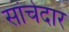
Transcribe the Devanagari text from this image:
सांचेदार